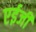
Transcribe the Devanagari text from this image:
एईजी